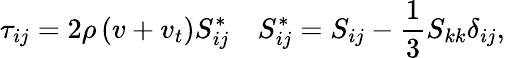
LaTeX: \tau_{ij}=2\rho\left(v+v_{t}\right)S_{ij}^{*}\quad S_{ij}^{*}=S_{ij}-\frac{1}{3}S_{kk}\delta_{ij},